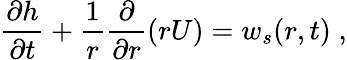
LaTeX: \frac{\partial h}{\partial t}+\frac{1}{r}\frac{\partial}{\partial r}\left(rU\right)=w_{s}(r,t)\; ,